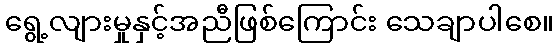
ရွေ့လျားမှုနှင့်အညီဖြစ်ကြောင်း သေချာပါစေ။